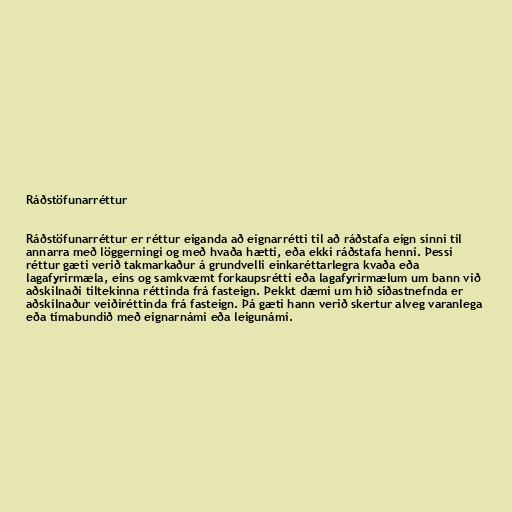
Ráðstöfunarréttur

Ráðstöfunarréttur er réttur eiganda að eignarrétti til að ráðstafa eign sinni til
annarra með löggerningi og með hvaða hætti, eða ekki ráðstafa henni. Þessi
réttur gæti verið takmarkaður á grundvelli einkaréttarlegra kvaða eða
lagafyrirmæla, eins og samkvæmt forkaupsrétti eða lagafyrirmælum um bann við
aðskilnaði tiltekinna réttinda frá fasteign. Þekkt dæmi um hið síðastnefnda er
aðskilnaður veiðiréttinda frá fasteign. Þá gæti hann verið skertur alveg varanlega
eða tímabundið með eignarnámi eða leigunámi.